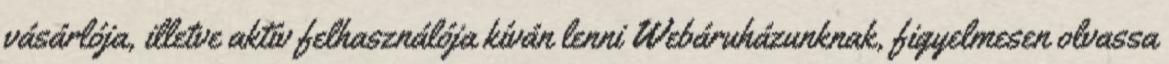
vásárlója, illetve aktív felhasználója kíván lenni Webáruházunknak, figyelmesen olvassa